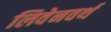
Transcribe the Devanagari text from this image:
लिवेनवर्थ